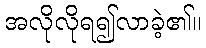
အလိုလိုရ၍လာခဲ့၏။